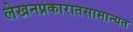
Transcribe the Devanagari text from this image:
लेखनप्रकारातसामान्यत